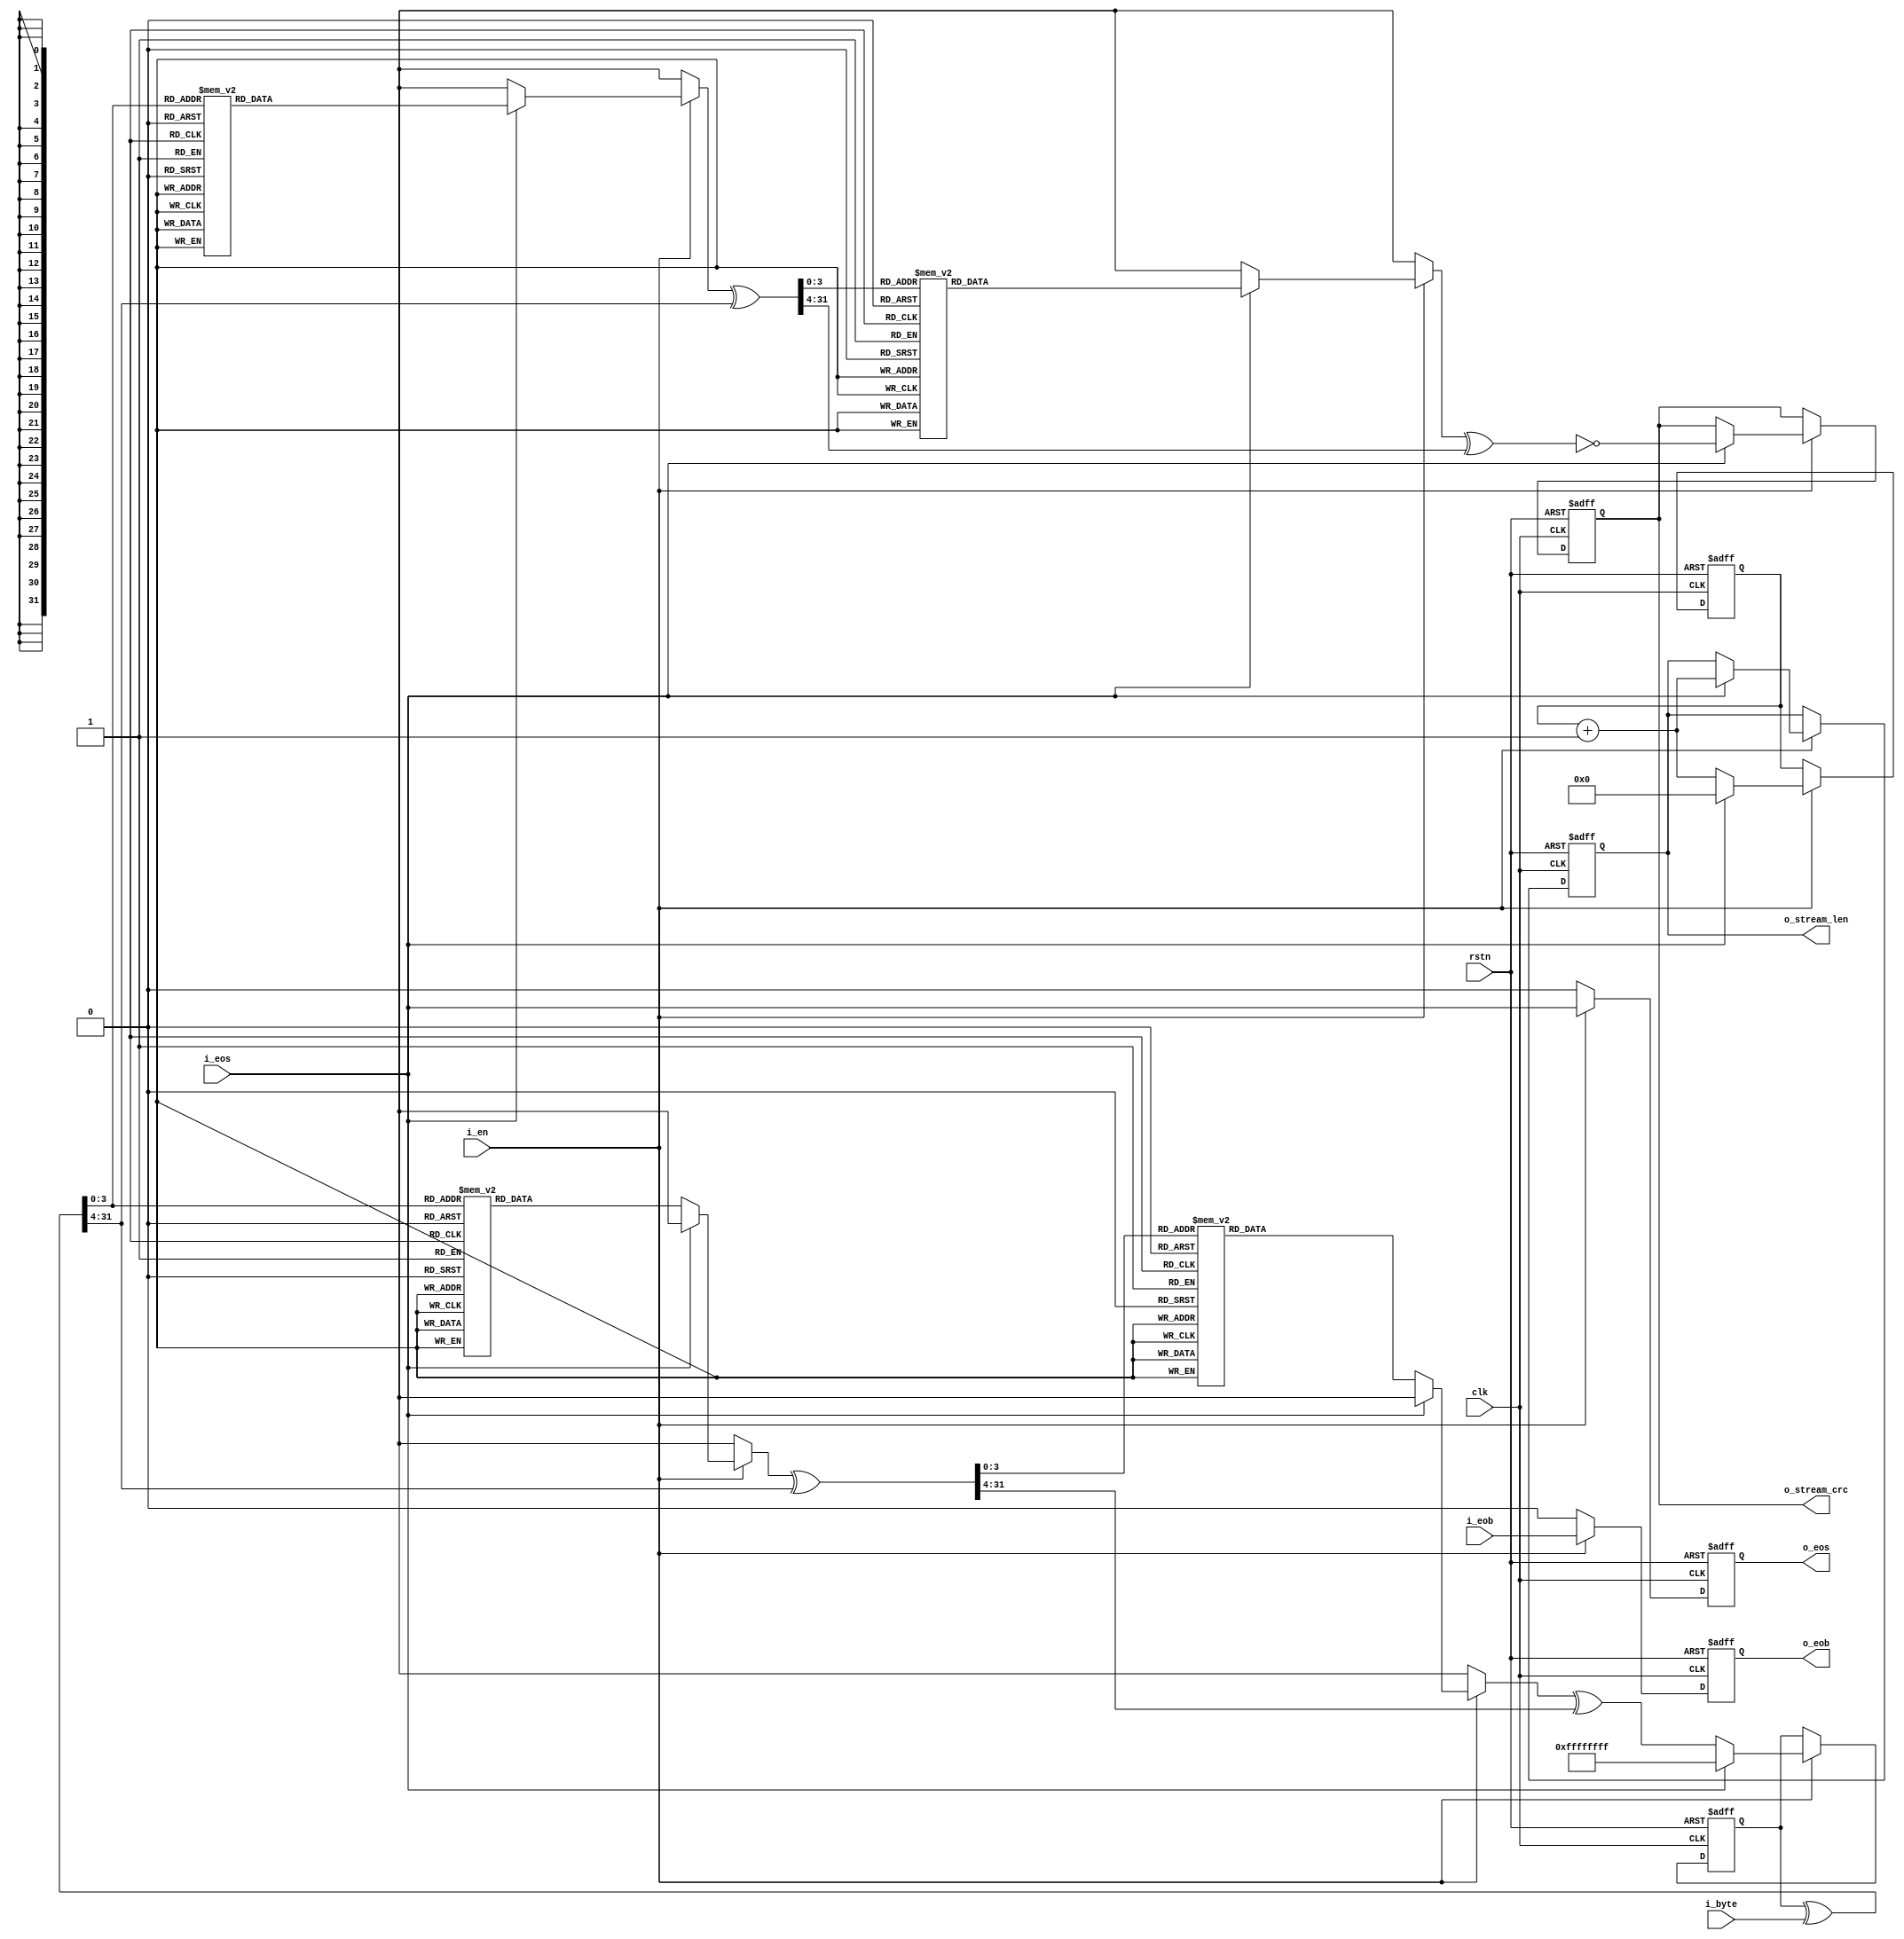

module calc_length_and_crc32 (
    input  wire        rstn,
    input  wire        clk,
    // input stream
    input  wire        i_en,
    input  wire        i_eos,
    input  wire        i_eob,
    input  wire [ 7:0] i_byte,
    // output information
    output reg         o_eos,
    output reg         o_eob,
    output reg  [31:0] o_stream_len,
    output reg  [31:0] o_stream_crc
);



function  [31:0] calculate_crc;
    input [31:0] crc;
    input [ 7:0] inbyte;
    reg   [31:0] TABLE_CRC [15:0];
begin
    TABLE_CRC[0] = 'h00000000;    TABLE_CRC[1] = 'h1db71064;    TABLE_CRC[2] = 'h3b6e20c8;    TABLE_CRC[3] = 'h26d930ac;
    TABLE_CRC[4] = 'h76dc4190;    TABLE_CRC[5] = 'h6b6b51f4;    TABLE_CRC[6] = 'h4db26158;    TABLE_CRC[7] = 'h5005713c;
    TABLE_CRC[8] = 'hedb88320;    TABLE_CRC[9] = 'hf00f9344;    TABLE_CRC[10]= 'hd6d6a3e8;    TABLE_CRC[11]= 'hcb61b38c;
    TABLE_CRC[12]= 'h9b64c2b0;    TABLE_CRC[13]= 'h86d3d2d4;    TABLE_CRC[14]= 'ha00ae278;    TABLE_CRC[15]= 'hbdbdf21c;
    calculate_crc = crc ^ {24'h0, inbyte};
    calculate_crc = TABLE_CRC[calculate_crc[3:0]] ^ (calculate_crc >> 4);
    calculate_crc = TABLE_CRC[calculate_crc[3:0]] ^ (calculate_crc >> 4);
end
endfunction


initial o_eos = 1'b0;
initial o_eob = 1'b0;
initial o_stream_len = 0;
initial o_stream_crc = 0;


reg  [31:0] stream_len = 0;
reg  [31:0] stream_crc = 'hFFFFFFFF;


always @ (posedge clk or negedge rstn)
    if (~rstn) begin
        stream_len   <= 0;
        stream_crc   <= 'hFFFFFFFF;
        o_stream_len <= 0;
        o_stream_crc <= 0;
    end else begin
        if (i_en) begin
            if (i_eos) begin
                stream_len   <= 0;
                stream_crc   <= 'hFFFFFFFF;
                o_stream_len <= stream_len + 1;
                o_stream_crc <= ~calculate_crc(stream_crc, i_byte);     // Note : Ultimately, the CRC needs to be reversed
            end else begin
                stream_len   <= stream_len + 1;
                stream_crc   <=  calculate_crc(stream_crc, i_byte);
            end
        end
    end


always @ (posedge clk or negedge rstn)
    if (~rstn) begin
        o_eos <= 1'b0;
        o_eob <= 1'b0;
    end else begin
        o_eos <= i_en ? i_eos : 1'b0;
        o_eob <= i_en ? i_eob : 1'b0;
    end


endmodule